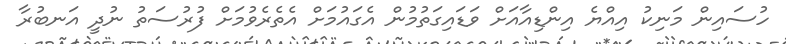
ހުސައިން މަނިކު އިއްޔެ އިންޑިއާއަށް ވަޑައިގަތުމުން އެގައުމަށް އެތެރެވުމަށް ފުރުސަތު ނުދީ އަނބުރާ